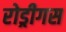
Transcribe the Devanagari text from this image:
रोड्रीगस